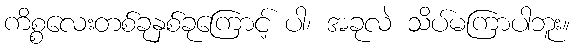
ကိစ္စလေးတစ်ခုနှစ်ခုကြောင့် ပါ၊ အခုလဲ သိပ်မကြာပါဘူး။